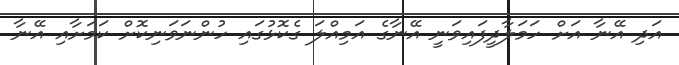
އަދި އޭނާ އަށް ހަމަލާދީފައިވަނީ އޭނާގެ އަމިއްލަ ގެކޮޅުގައި ހުންނަވަނިކޮށް ކަމަށާއި އޭނާ